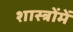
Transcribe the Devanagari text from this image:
शास्‍त्रोंमें